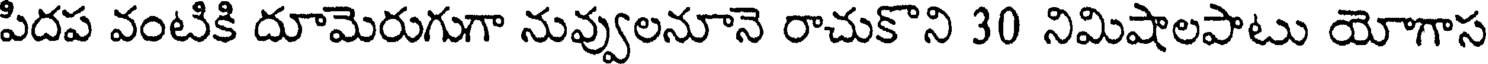
పిదప వంటికి దూమెరుగుగా నువ్వులనూనె రాచుకొని 30 నిమిషాలపాటు యోగాస